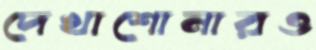
দেখাশোনারও